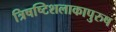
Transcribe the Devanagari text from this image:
त्रिषष्टिशलाकापुरुष